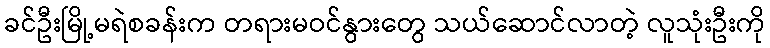
ခင်ဦးမြို့မရဲစခန်းက တရားမဝင်နွားတွေ သယ်ဆောင်လာတဲ့ လူသုံးဦးကို